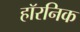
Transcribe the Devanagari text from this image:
हॉरनिक